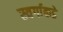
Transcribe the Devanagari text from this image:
स्वर्गाकडे